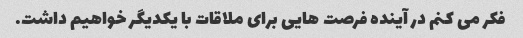
فکر می کنم در آینده فرصت هایی برای ملاقات با یکدیگر خواهیم داشت.